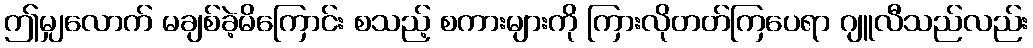
ဤမျှလောက် မချစ်ခဲ့မိကြောင်း စသည့် စကားများကို ကြားလိုတတ်ကြပေရာ ဂျူလီသည်လည်း